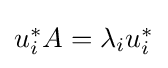
{\textstyle u_{i}^{*}A=\lambda _{i}u_{i}^{*}}